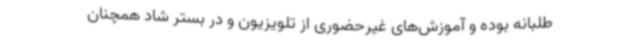
طلبانه بوده و آموزش‌های غیرحضوری از تلویزیون و در بستر شاد همچنان